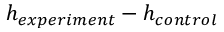
h _ { e x p e r i m e n t } - h _ { c o n t r o l }